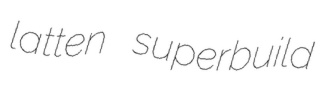
latten superbuild